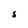
Character: S